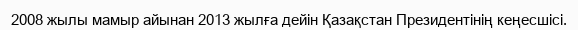
2008 жылы мамыр айынан 2013 жылға дейін Қазақстан Президентінің кеңесшісі.